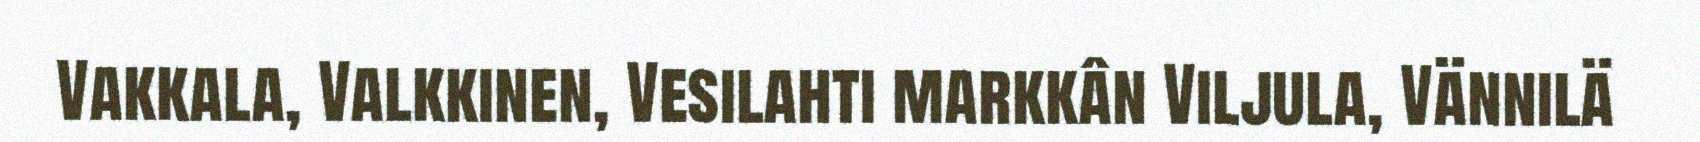
Vakkala, Valkkinen, Vesilahti markkân Viljula, Vännilä